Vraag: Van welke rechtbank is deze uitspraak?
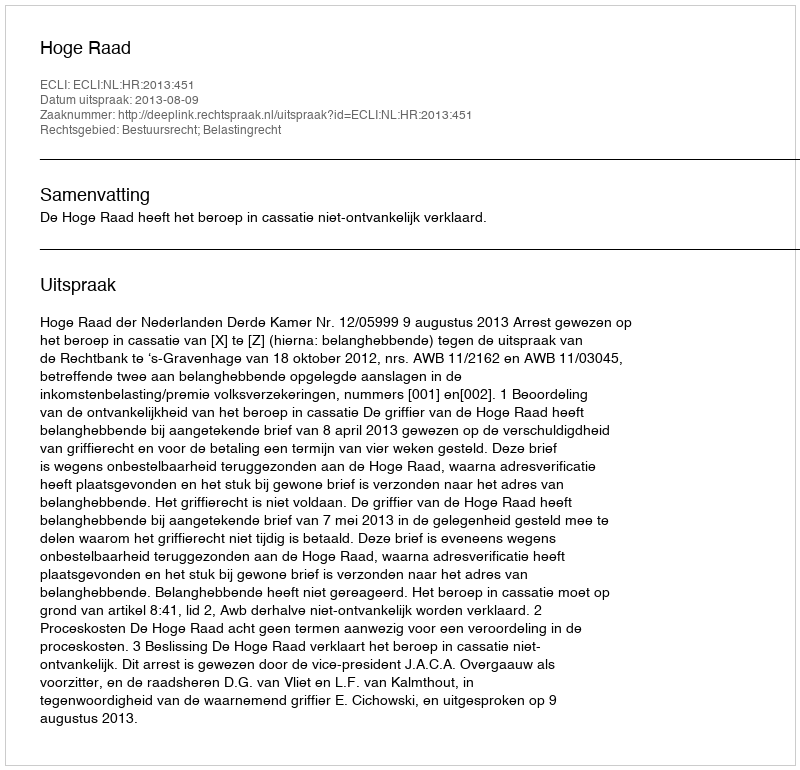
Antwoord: Hoge Raad